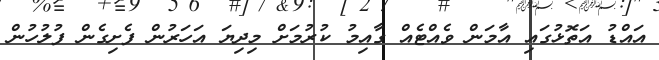
އައްޑު އަތޮޅުގައި އާމަން ވެއްޓެއް ގާއިމު ކުރުމަށް މިދިޔަ އަހަރުން ފެށިގެން ފުލުުހުން